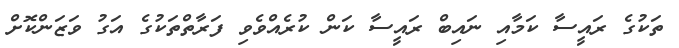
ތަކުގެ ރައީސާ ކަމާއި ނައިބް ރައީސާ ކަން ކުރެއްވެވި ފަރާތްތަކުގެ އަގު ވަޒަންކޮށް